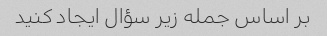
بر اساس جمله زیر سؤال ایجاد کنید